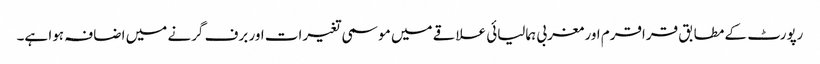
رپورٹ کے مطابق قراقرم اور مغربی ہمالیائی علاقے میں موسمی تغیرات اور برف گرنے میں اضافہ ہوا ہے۔